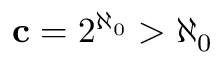
\mathbf { c } = 2 ^ { \aleph _ { 0 } } > { \aleph _ { 0 } }